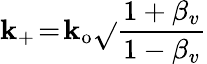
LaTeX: \mathbf{k}_{+}\! =\! \mathbf{k}_{\mathrm{{o}}}\sqrt{}{{\frac{{1+\beta_{v}}}{{1-\beta_{v}}}}}